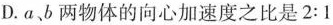
D. a、b 两物体的向心加速度之比是 $$2 : 1$$